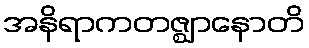
အနိရာကတဇ္ဈာနောတိ